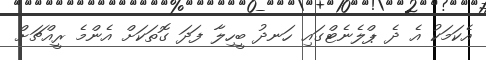
އެކަމަކު އެ ދެ ޕްލެނެޓްގައި ހަނދު ބީހިލާ ފަދަ ގޮތަކަށް އެންމެ ރީއްޗަށް